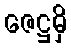
ဇေဋ္ဌမှိ